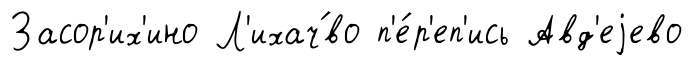
Засор'их'ино Л'ихач́во п'е́р'еп'ись Авд'еjево